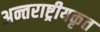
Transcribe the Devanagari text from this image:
अन्तराष्ट्रीयकृत